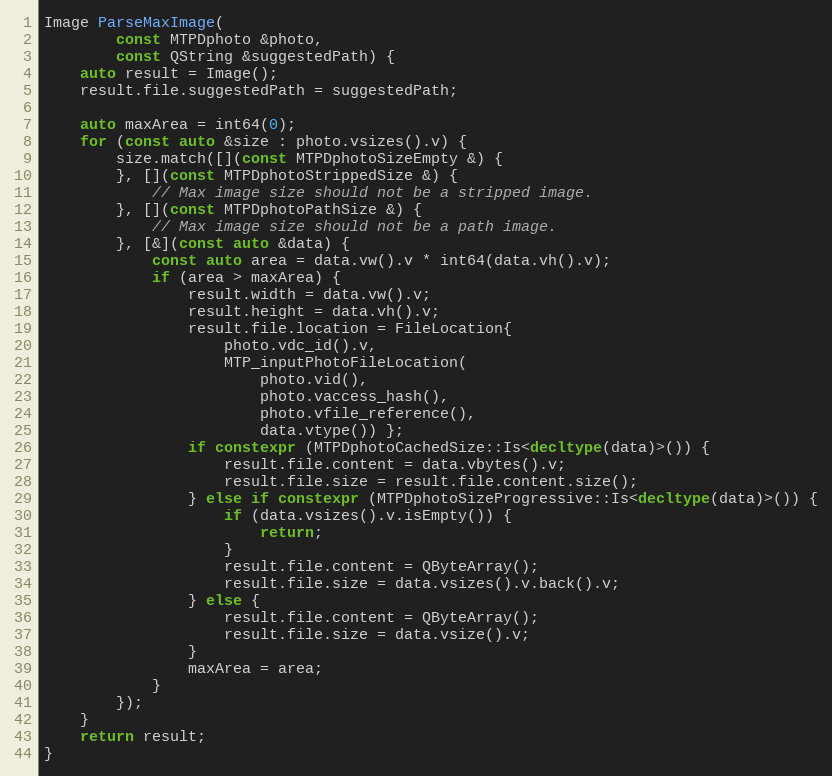
Language: C++
Image ParseMaxImage(
		const MTPDphoto &photo,
		const QString &suggestedPath) {
	auto result = Image();
	result.file.suggestedPath = suggestedPath;

	auto maxArea = int64(0);
	for (const auto &size : photo.vsizes().v) {
		size.match([](const MTPDphotoSizeEmpty &) {
		}, [](const MTPDphotoStrippedSize &) {
			// Max image size should not be a stripped image.
		}, [](const MTPDphotoPathSize &) {
			// Max image size should not be a path image.
		}, [&](const auto &data) {
			const auto area = data.vw().v * int64(data.vh().v);
			if (area > maxArea) {
				result.width = data.vw().v;
				result.height = data.vh().v;
				result.file.location = FileLocation{
					photo.vdc_id().v,
					MTP_inputPhotoFileLocation(
						photo.vid(),
						photo.vaccess_hash(),
						photo.vfile_reference(),
						data.vtype()) };
				if constexpr (MTPDphotoCachedSize::Is<decltype(data)>()) {
					result.file.content = data.vbytes().v;
					result.file.size = result.file.content.size();
				} else if constexpr (MTPDphotoSizeProgressive::Is<decltype(data)>()) {
					if (data.vsizes().v.isEmpty()) {
						return;
					}
					result.file.content = QByteArray();
					result.file.size = data.vsizes().v.back().v;
				} else {
					result.file.content = QByteArray();
					result.file.size = data.vsize().v;
				}
				maxArea = area;
			}
		});
	}
	return result;
}